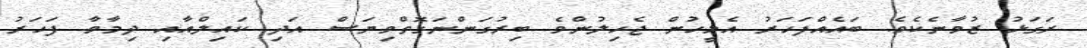
ރަގަޅު ޒުވާނެކެވެ. ބައެއްފަހަރު އެމީހުން ޖެހިލުންވެ ބިރުގަންނަގޮތްވިޔަސް އަދި ކައިލްއާއި ދިމާވާ ފަހަރު